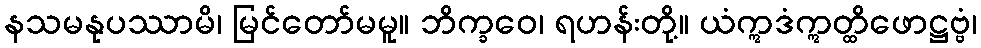
နသမနုပဿာမိ၊ မြင်တော်မမူ။ ဘိက္ခဝေ၊ ရဟန်းတို့။ ယံဣဒံဣတ္ထိဖောဋ္ဌဗ္ဗံ၊